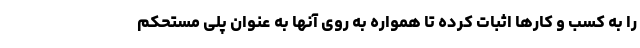
را به کسب و کارها اثبات کرده تا همواره به روی آنها به عنوان پلی مستحکم